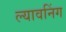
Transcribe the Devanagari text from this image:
ल्यावनिंग